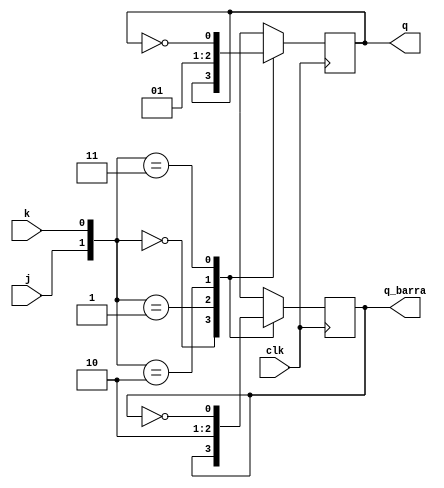
module ffd(
input j,k,
input clk,
output reg q,q_barra
);
	initial
		begin
		    q=1'b0;
			 q_barra=1'b1;
		end
		
always@(posedge clk)
		begin
			case({j,k})
				{1'b0,1'b0}:
					begin
					   q=q;
						q_barra=q_barra;
					end
				{1'b0,1'b1}:
					begin 
						q=0;
						q_barra=1; 
					end
				{1'b1,1'b0}:
					begin
						q=1;
						q_barra=0;
					end
				{1'b1,1'b1}:
					begin
						q=~q;
						q_barra=~q_barra;
					end
			endcase						
		end
		
endmodule